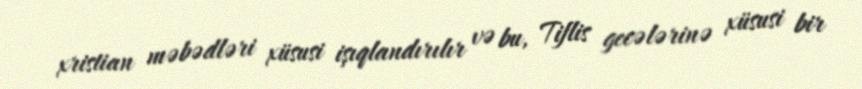
xristian məbədləri xüsusi işıqlandırılır və bu, Tiflis gecələrinə xüsusi bir